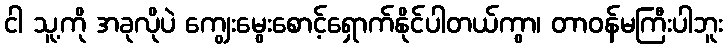
ငါ သူ့ကို အခုလိုပဲ ကျွေးမွေးစောင့်ရှောက်နိုင်ပါတယ်ကွာ၊ တာဝန်မကြီးပါဘူး